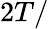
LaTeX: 2T/